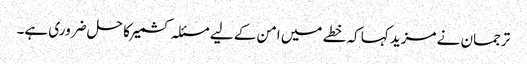
ترجمان نے مزید کہا کہ خطے میں امن کے لیے مسئلہ کشمیر کا حل ضروری ہے۔